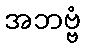
အဘဗ္ဗံ